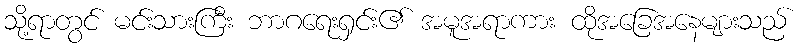
သို့ရာတွင် မင်းသားကြီး ဘာဂရေးရှင်း၏ အမူအရာကား ထိုအခြေအနေများသည်